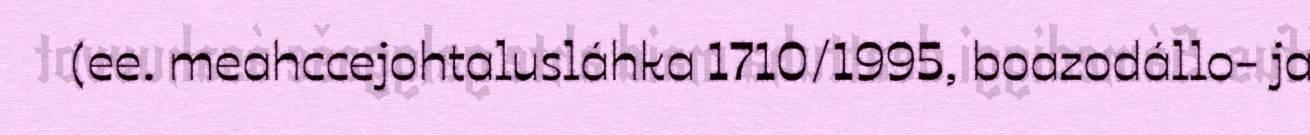
(ee. meahccejohtalusláhka 1710/1995, boazodállo- ja